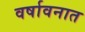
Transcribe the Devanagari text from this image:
वर्षावनात